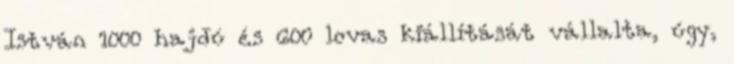
István 1000 hajdú és 600 lovas kiállítását vállalta, úgy,